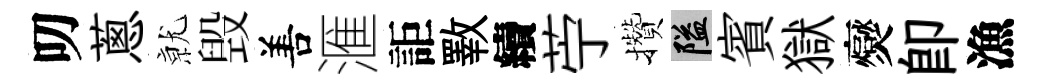
叨蔥𭕒毁𠵊滙詎斁續苧攢隘賓獄爕即漁